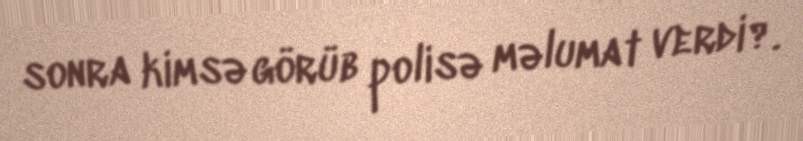
sonra kimsə görüb polisə məlumat verdi?.